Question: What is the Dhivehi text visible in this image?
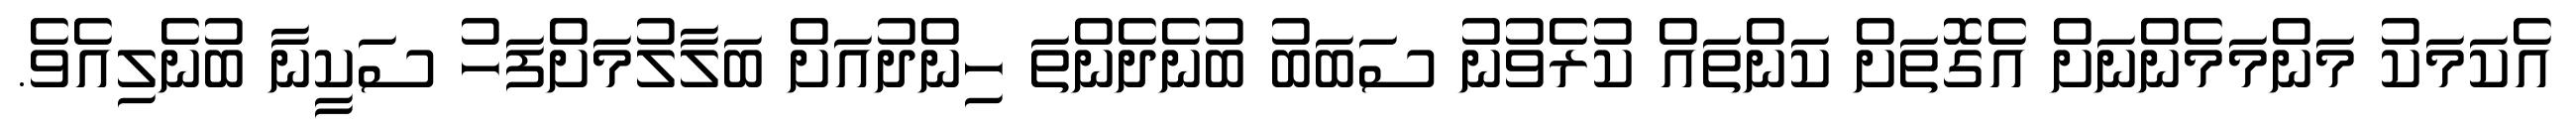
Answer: އެކަމަކު މަންމަމެންނަށް އެގޮތަށް ކަންތައް ކުރެވުނު ސަބަބު ބުނެދެންތަ ހިންދުއަށް ބަލާލުމަށްފަހު ސަކީނާ ބުނެލިއެވެ.